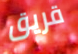
قريق